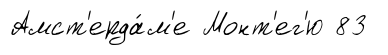
Амст'ерда́м'е Монт'ег'ю 83